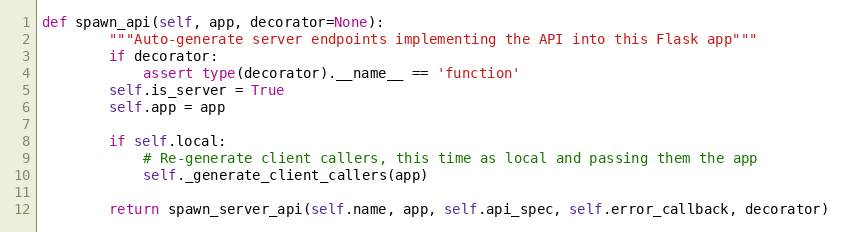
Language: Python
def spawn_api(self, app, decorator=None):
        """Auto-generate server endpoints implementing the API into this Flask app"""
        if decorator:
            assert type(decorator).__name__ == 'function'
        self.is_server = True
        self.app = app

        if self.local:
            # Re-generate client callers, this time as local and passing them the app
            self._generate_client_callers(app)

        return spawn_server_api(self.name, app, self.api_spec, self.error_callback, decorator)